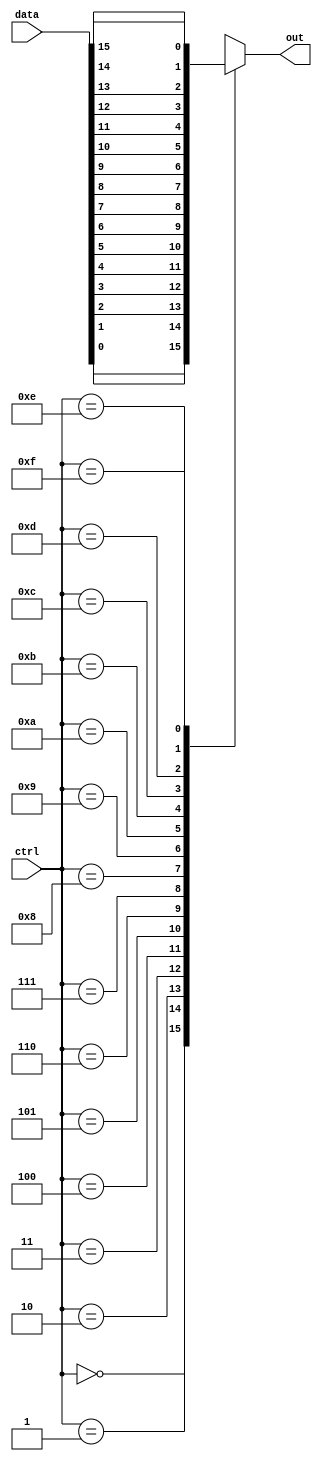
module mux_16to1 (
    input [15:0] data,
    input [3:0] ctrl,
    output reg out
);

always @(*) begin
    case(ctrl)
        4'b0000: out = data[0];
        4'b0001: out = data[1];
        4'b0010: out = data[2];
        4'b0011: out = data[3];
        4'b0100: out = data[4];
        4'b0101: out = data[5];
        4'b0110: out = data[6];
        4'b0111: out = data[7];
        4'b1000: out = data[8];
        4'b1001: out = data[9];
        4'b1010: out = data[10];
        4'b1011: out = data[11];
        4'b1100: out = data[12];
        4'b1101: out = data[13];
        4'b1110: out = data[14];
        4'b1111: out = data[15];
        default: out = 0;
    endcase
end

endmodule